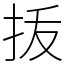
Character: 㧞